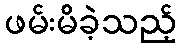
ဖမ်းမိခဲ့သည့်